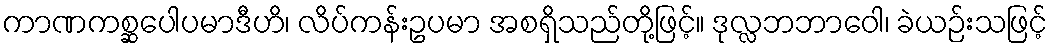
ကာဏကစ္ဆပေါပမာဒီဟိ၊ လိပ်ကန်းဥပမာ အစရှိသည်တို့ဖြင့်။ ဒုလ္လဘဘာဝေါ၊ ခဲယဉ်းသဖြင့်